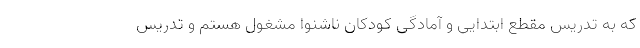
که به تدریس مقطع ابتدایی و آمادگی کودکان ناشنوا مشغول هستم و تدریس